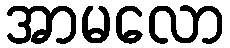
အာမလော